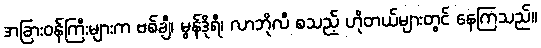
အခြားဝန်ကြီးများက ဗစ်ချီ၊ မွန်ဒိုရီ၊ လာဘိုလီ စသည့် ဟိုတယ်များတွင် နေကြသည်။